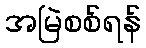
အမြဲစစ်ရန်